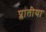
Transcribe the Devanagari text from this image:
प्लातीया